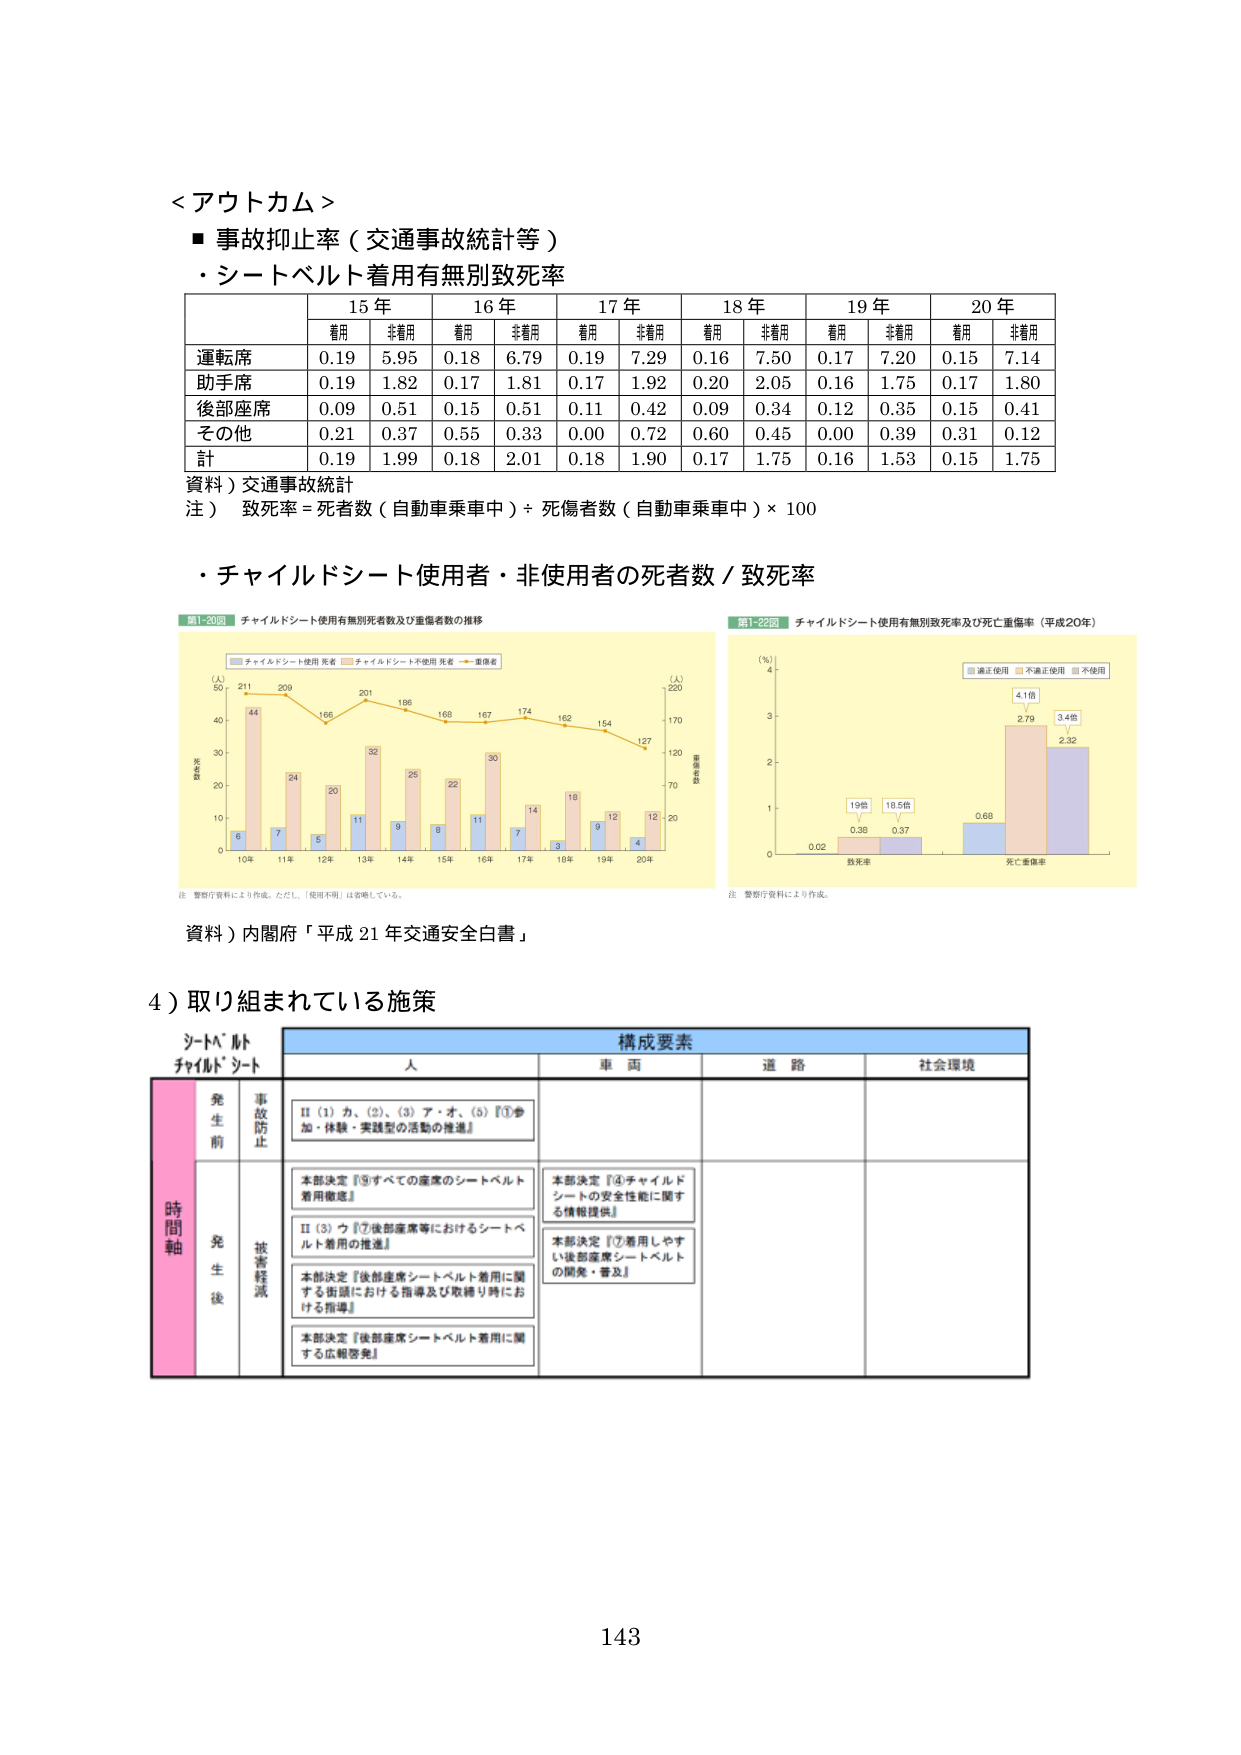
＜アウトカム＞
■ 事故抑止率（交通事故統計等）
・シートベルト着用有無別致死率

15年 16年 17年 18年 19年 20年
着用 非着用 着用 非着用 着用 非着用 着用 非着用 着用 非着用 着用 非着用
運転席 0.19 5.95 0.18 6.79 0.19 7.29 0.16 7.50 0.17 7.20 0.15 7.14
助手席 0.19 1.82 0.17 1.81 0.17 1.92 0.20 2.05 0.16 1.75 0.17 1.80
後部座席 0.09 0.51 0.15 0.51 0.11 0.42 0.09 0.34 0.12 0.35 0.15 0.41
その他 0.21 0.37 0.55 0.33 0.00 0.72 0.60 0.45 0.00 0.39 0.31 0.12
計 0.19 1.99 0.18 2.01 0.18 1.90 0.17 1.75 0.16 1.53 0.15 1.75

資料）交通事故統計
注） 致死率＝死者数（自動車乗車中）÷死傷者数（自動車乗車中）×100

・チャイルドシート使用者・非使用者の死者数／致死率

第1-20図 チャイルドシート使用有無別死者数及び重傷者数の推移
（人） 50 211 209 166 201 195 168 167 174 162 154 127
（人） 220 170 120 70 20
0 10 20 30 40 50
10年 11年 12年 13年 14年 15年 16年 17年 18年 19年 20年
死者数
重傷者数
チャイルドシート使用 死者 チャイルドシート不使用 死者 重傷者
6 44 7 24 5 20 11 32 9 25 8 22 11 30 7 14 3 16 9 12 4 12

注 警察庁資料により作成。ただし、「使用不明」は省略している。

第1-22図 チャイルドシート使用有無別致死率及び死亡重傷率（平成20年）
（％） 4 3 2 1 0
致死率 死亡重傷率
適正使用 不適正使用 不使用
0.02 0.38 0.37 0.68 2.79 2.32
1.9倍 18.5倍 4.1倍 3.4倍

注 警察庁資料により作成。

資料）内閣府「平成21年交通安全白書」

4）取り組まれている施策

構成要素
人 車両 道路 社会環境

時間軸
発生前
事故防止
Ⅱ（1）カ、（2）、（3）ア・オ、（5）『①参加・体験・実践型の活動の推進』

発生後
被害軽減
本部決定『⑨すべての座席のシートベルト着用徹底』
Ⅱ（3）ウ『⑦後部座席等におけるシートベルト着用の推進』
本部決定『後部座席シートベルト着用に関する街頭における指導及び取締り時における指導』
本部決定『後部座席シートベルト着用に関する広報啓発』
本部決定『④チャイルドシートの安全性等に関する情報提供』
本部決定『⑦着用しやすい後部座席シートベルトの開発・普及』

シートベルト
チャイルドシート

143